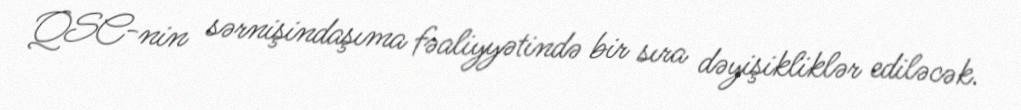
QSC-nin sərnişindaşıma fəaliyyətində bir sıra dəyişikliklər ediləcək.